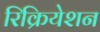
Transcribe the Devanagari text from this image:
रिक्रियेशन